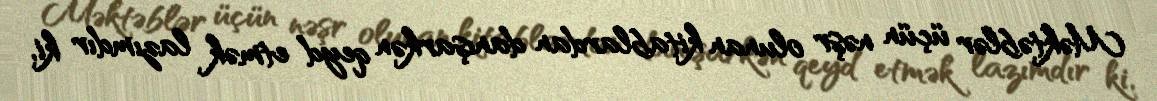
Məktəblər üçün nəşr olunan kitablardan danışarkən qeyd etmək lazımdır ki,